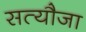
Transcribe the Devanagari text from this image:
सत्यौजा